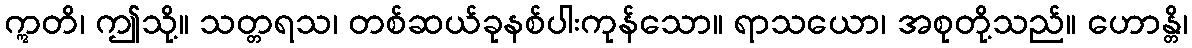
ဣတိ၊ ဤသို့။ သတ္တရသ၊ တစ်ဆယ်ခုနစ်ပါးကုန်သော။ ရာသယော၊ အစုတို့သည်။ ဟောန္တိ၊